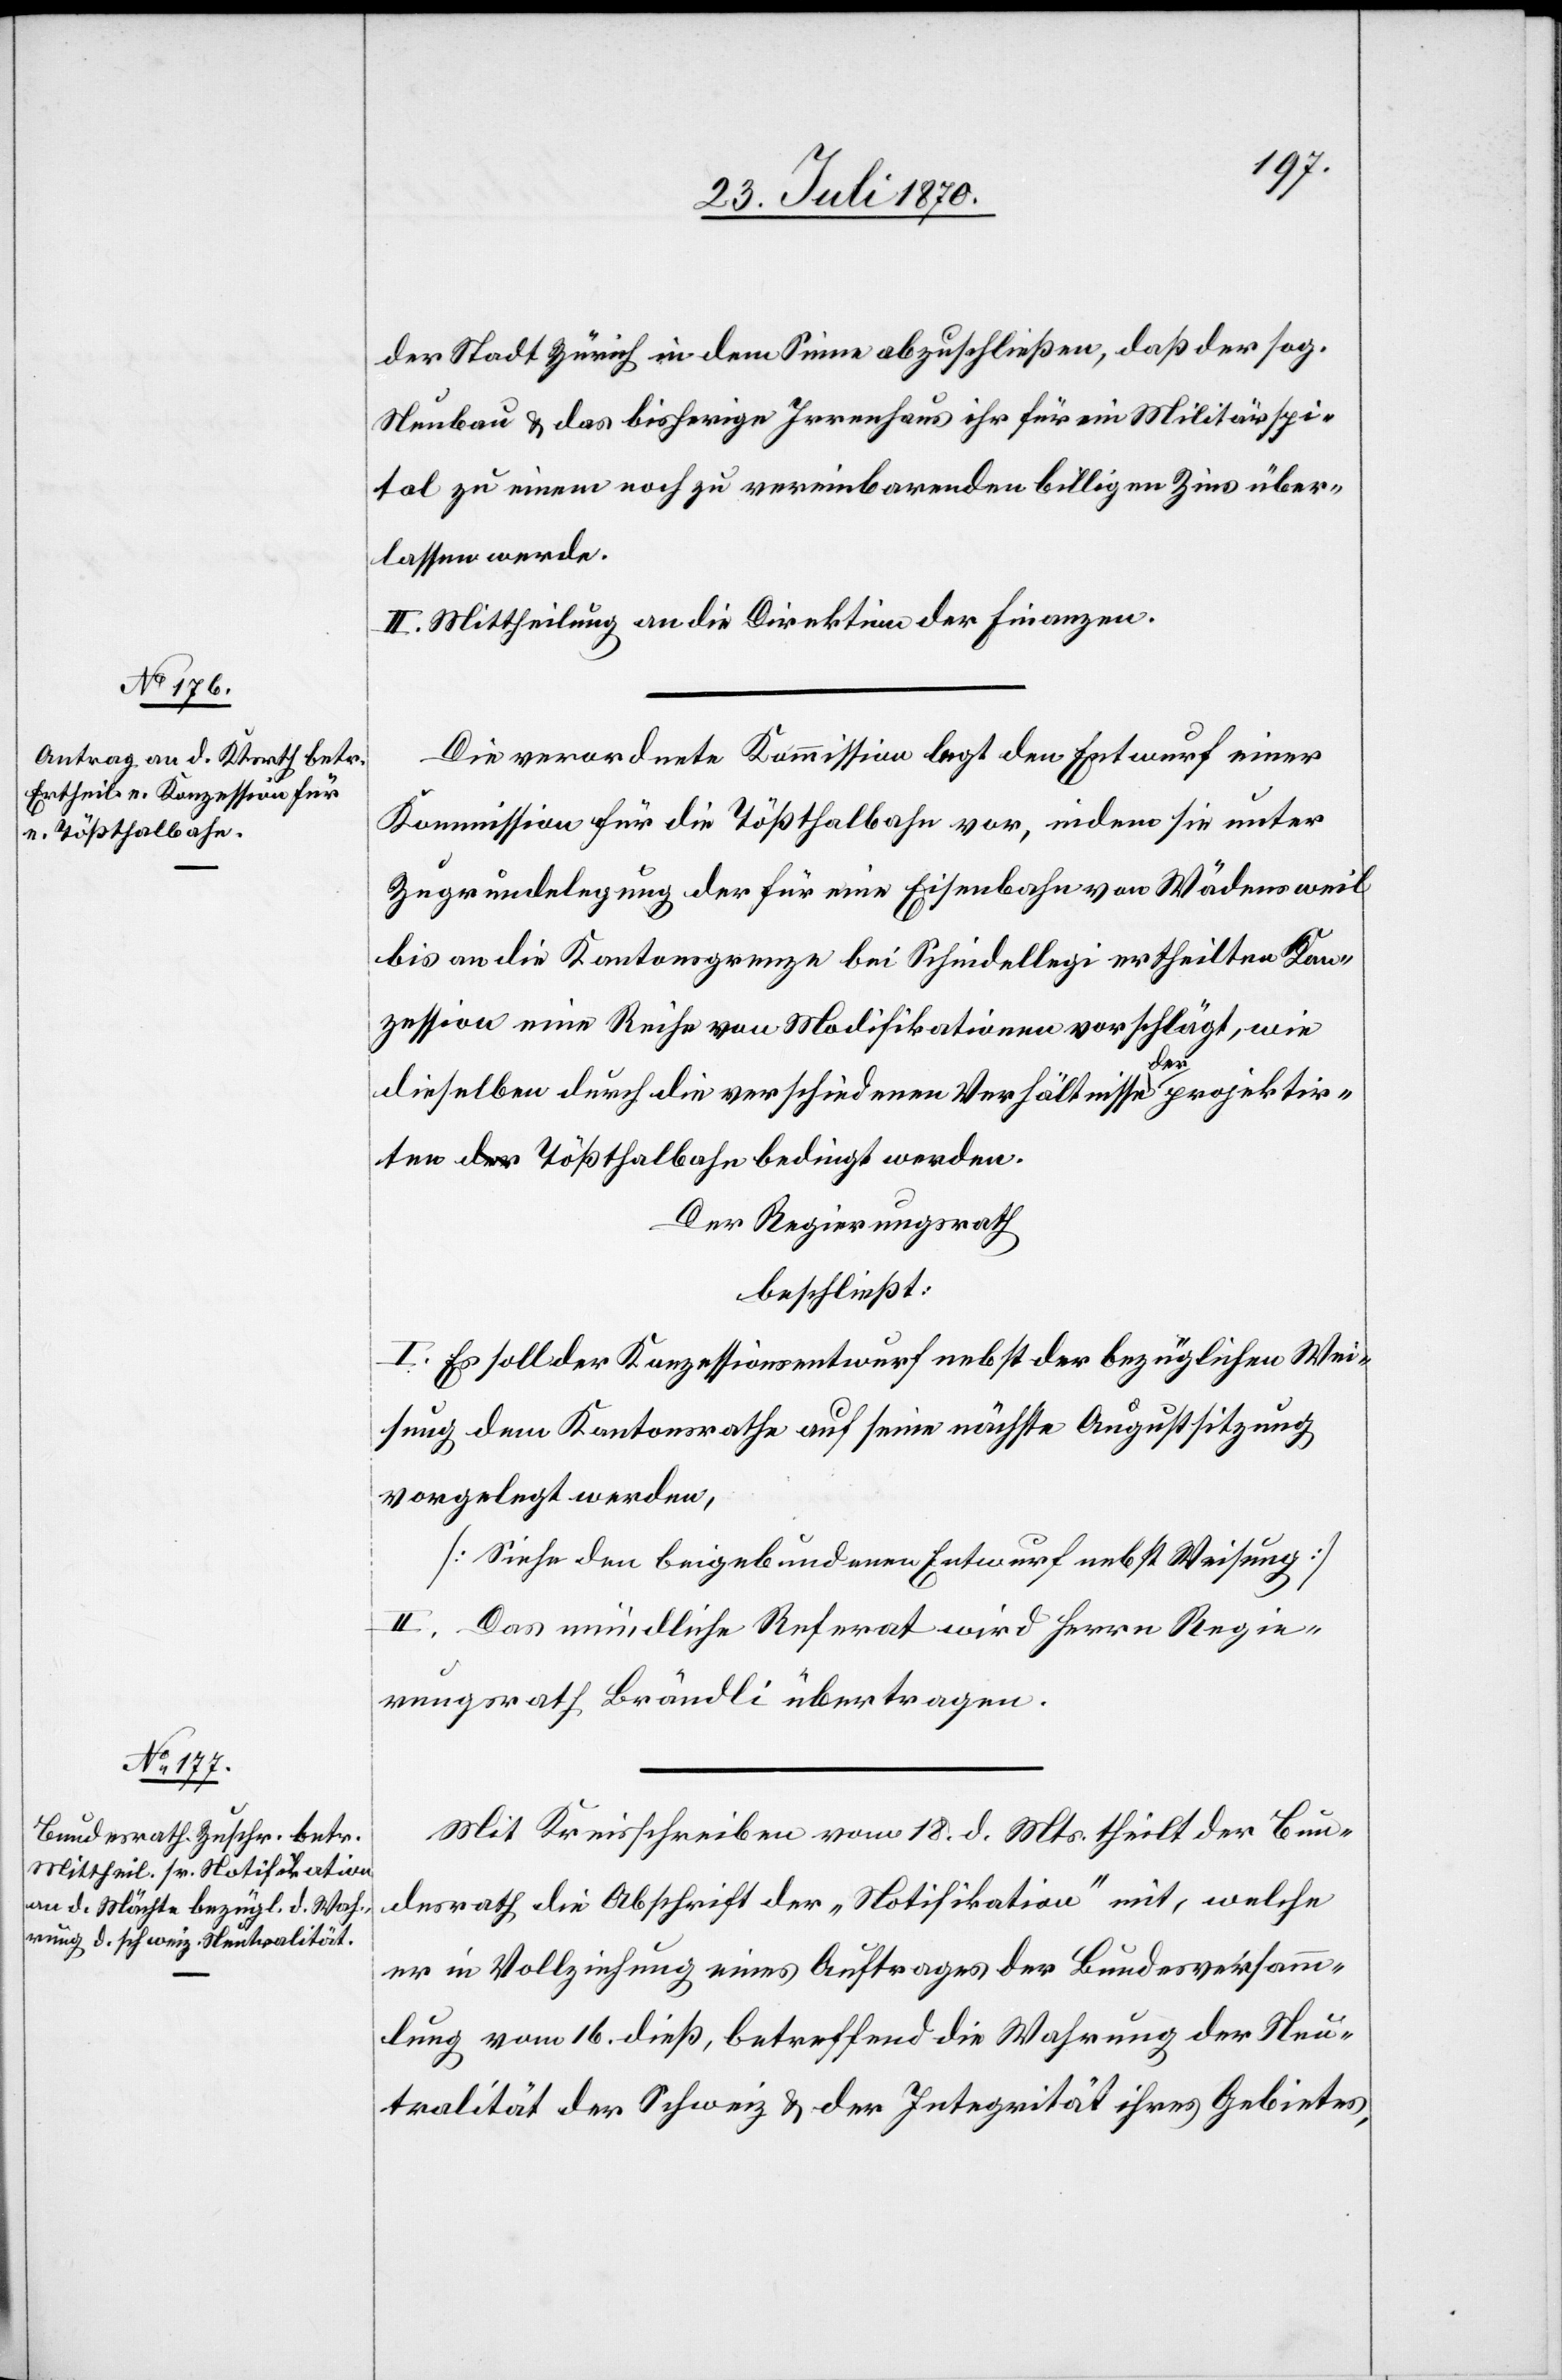
der Stadt Zürich in dem Sinne abzuschließen, daß der sog.
Neubau & das bisherige Irrenhaus ihr für ein Militärspi¬
tal zu einem noch zu vereinbarenden billigen Zins über¬
lassen werde.
II. Mittheilung an die Direktion der Finanzen.
Die verordnete Kommission legt den Entwurf einer
Kommission für die Tößthalbahn vor, indem sie unter
Zugrundelegung der für eine Eisenbahn von Wädensweil
bis an die Kantonsgrenze bei Schindellegi ertheilten Kon¬
zession eine Reihe von Modifikationen vorschlägt, wie
dieselben durch die verschiedenen Verhältnisse der projektir¬
ten Tößthalbahn bedingt werden.
Der Regierungsrath
beschließt:
I. Es soll der Konzessionsentwurf nebst der bezüglichen Wei¬
sung dem Kantonsrathe auf seine nächste Augustsitzung
vorgelegt werden.
[Siehe den beigebundenen Entwurf nebst Weisung]
II. Das mündliche Referat wird Herrn Regie¬
rungsrath Brändli übertragen.
Mit Kreisschreiben vom 18. d. Mts. theilt der Bun¬
desrath die Abschrift der „Notifikation“ mit, welche
er in Vollziehung eines Auftrages der Bundesversamm¬
lung vom 16. dieß, betreffend die Wahrung der Neu¬
tralität der Schweiz & der Integrität ihres Gebietes,